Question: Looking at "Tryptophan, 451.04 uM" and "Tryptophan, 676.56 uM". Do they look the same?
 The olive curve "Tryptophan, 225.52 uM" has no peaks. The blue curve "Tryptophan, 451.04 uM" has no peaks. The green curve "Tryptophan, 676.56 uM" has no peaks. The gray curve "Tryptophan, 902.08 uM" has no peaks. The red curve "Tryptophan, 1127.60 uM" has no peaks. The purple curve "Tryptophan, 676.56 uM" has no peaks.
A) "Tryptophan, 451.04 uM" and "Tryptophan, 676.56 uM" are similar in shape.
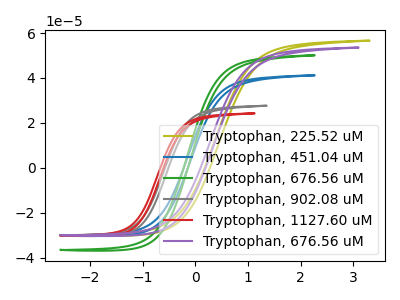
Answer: <think>Neither "Tryptophan, 451.04 uM" or "Tryptophan, 676.56 uM" have any peaks.
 </think>
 <answer>A) "Tryptophan, 451.04 uM" and "Tryptophan, 676.56 uM" are similar in shape.</answer>
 <eval>A</eval>